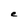
Character: e